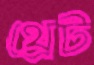
থ্রেট